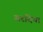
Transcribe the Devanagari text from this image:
सरदिया